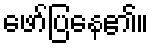
ဖော်ပြနေ၏။